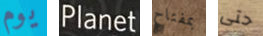
يوم Planet بمفتاح حتى